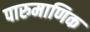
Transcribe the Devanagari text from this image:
पारुमाणिक